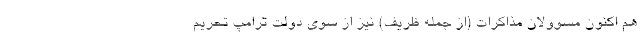
هم اکنون مسوولان مذاکرات (از جمله ظریف) نیز از سوی دولت ترامپ تحریم